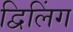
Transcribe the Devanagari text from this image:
द्विलिंग